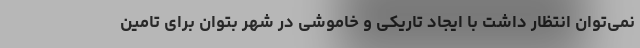
نمی‌توان انتظار داشت با ایجاد تاریکی و خاموشی در شهر بتوان برای تامین